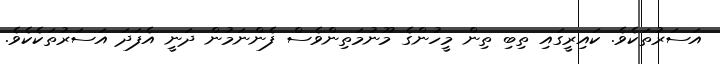
އަސަރުތަކެވެ. ކައިރީގައި ތިބި ތިން މީހުންގެ މޫނުމަތިންވެސް ފެންނަމުން ދަނީ އެފަދަ އަސަރުތަކެކެވެ.